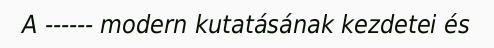
A ------ modern kutatásának kezdetei és